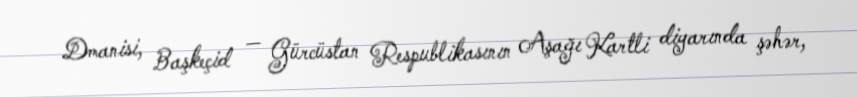
Dmanisi, Başkeçid — Gürcüstan Respublikasının Aşağı Kartli diyarında şəhər,